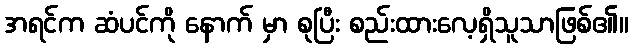
အရင်က ဆံပင်ကို နောက် မှာ စုပြီး စည်းထားလေ့ရှိသူသာဖြစ်၏။